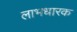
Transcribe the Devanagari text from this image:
लाभधारक